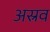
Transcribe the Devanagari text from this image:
अस्रव